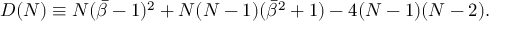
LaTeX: D ( N ) \equiv N ( { \bar { \beta } } - 1 ) ^ { 2 } + N ( N - 1 ) ( { \bar { \beta } } ^ { 2 } + 1 ) - 4 ( N - 1 ) ( N - 2 ) .